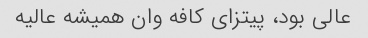
عالی بود، پیتزای کافه وان همیشه عالیه